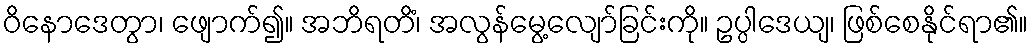
ဝိနောဒေတွာ၊ ဖျောက်၍။ အဘိရတိံ၊ အလွန်မွေ့လျော်ခြင်းကို။ ဥပ္ပါဒေယျ၊ ဖြစ်စေနိုင်ရာ၏။